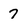
Character: 7